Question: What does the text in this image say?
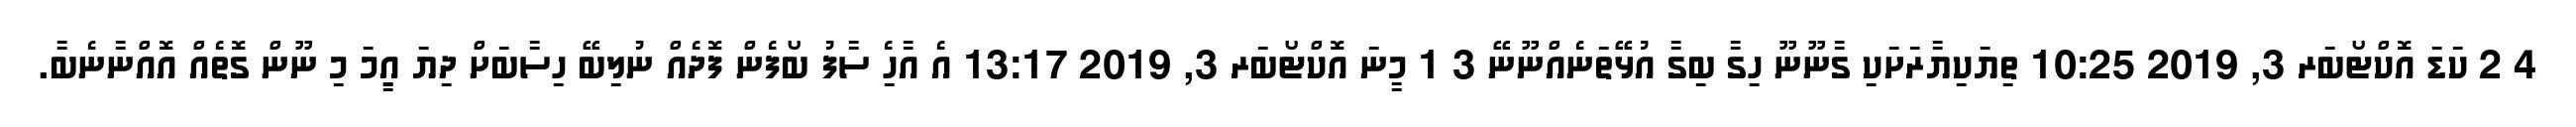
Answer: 4 2 ކަޑަ އޮކްޓޯބަރ 3, 2019 10:25 ތިޔަކިޔާރަށަކި ގާނޫނޫ ހިގާ ބިގާ އުޅޭތަނެއްނޫނޭ 3 1 މީނަ އޮކްޓޯބަރ 3, 2019 13:17 އެ އާހެި ސާފު ބޯފެން ފޮދެއް ނުލިބޭ ހިސާބަށް ދިޔަ އިީމަ މި ނޫން ގޮތެއް އޮއްނާނެބާ.